Statistics compiled by the Government of India from the reports of provincial Civil Veterinary Departments
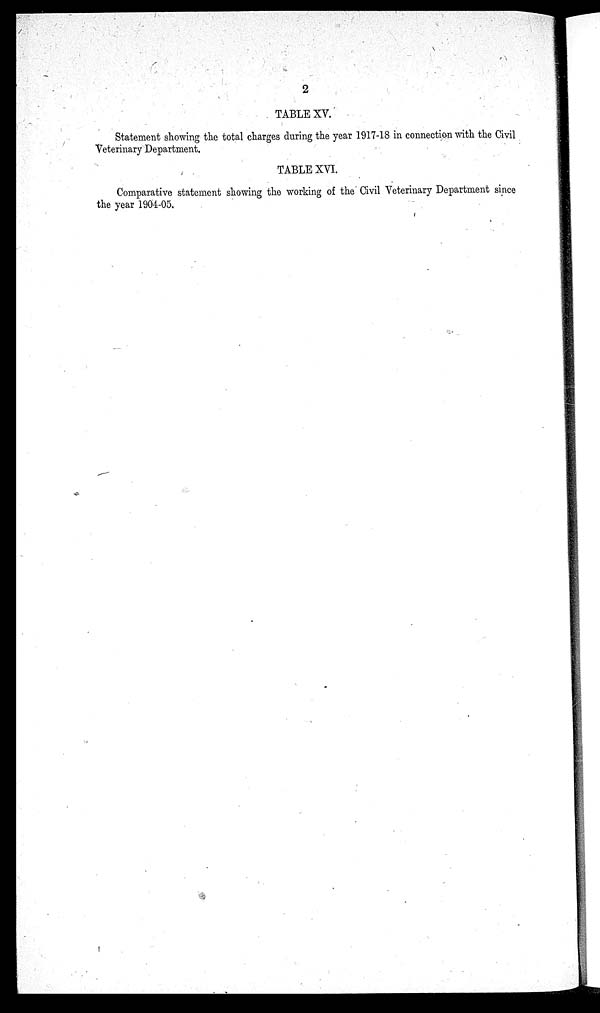
2
TABLE XV.
Statement showing the total charges during the year 1917-18 in connection with the Civil
Veterinary Department.
TABLE XVI.
Comparative statement showing the working of the Civil Veterinary Department since
the year 1904-05.